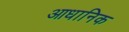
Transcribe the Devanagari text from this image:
आधानिक